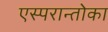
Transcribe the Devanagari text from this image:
एस्परान्तोका